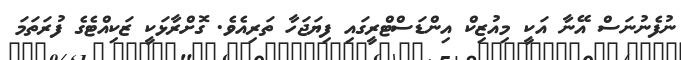
ނުފެނުނަސް އޭނާ އަކީ މިއުޒިކް އިންޑަސްޓްރީގައި ފިޔަޖަހާ ތަރިއެވެ. ގޮށްރާޅަކީ ޒަކިއްޓެގެ ފުރަތަމަ